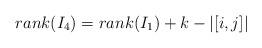
LaTeX: \begin{align*} rank(I_4) = rank(I_1) + k - |[i,j]| \end{align*}